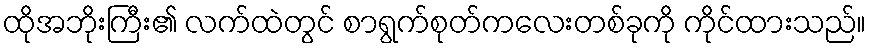
ထိုအဘိုးကြီး၏ လက်ထဲတွင် စာရွက်စုတ်ကလေးတစ်ခုကို ကိုင်ထားသည်။